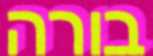
בורה